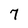
Character: 7